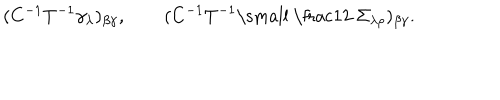
( C ^ { - 1 } T ^ { - 1 } \gamma _ { \lambda } ) _ { \beta \gamma } , \qquad ( C ^ { - 1 } T ^ { - 1 } { \mathrm { \small ~ \frac 1 2 ~ } } \Sigma _ { \lambda \rho } ) _ { \beta \gamma } .